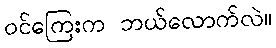
ဝင်ကြေးက ဘယ်လောက်လဲ။